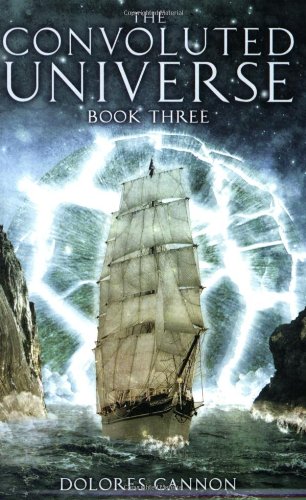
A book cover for The Convoluted Universe, Book 3; Dolores Cannon; Science & Math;